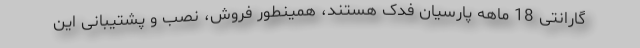
گارانتی 18 ماهه پارسیان فدک هستند، همینطور فروش، نصب و پشتیبانی این